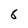
Character: 6